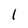
Character: l